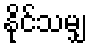
နိုင်သမျှ